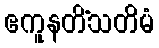
ဧကူနတိံသတိမံ